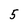
Character: 5